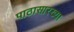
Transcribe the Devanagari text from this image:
पाठासारख्या